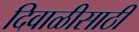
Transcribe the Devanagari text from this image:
दिवाळीसाठी